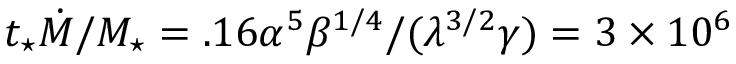
t _ { \star } \dot { M } / M _ { \star } = . 1 6 \alpha ^ { 5 } \beta ^ { 1 / 4 } / ( \lambda ^ { 3 / 2 } \gamma ) = 3 \times 1 0 ^ { 6 }